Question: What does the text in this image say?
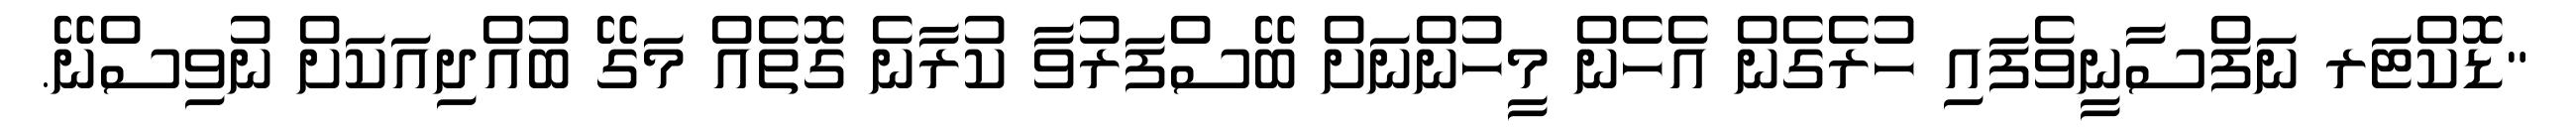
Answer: "ޑޮކްޓަރ ނަފްސާނީވެފައި ހުރެގެން އެހެން މީހުންނަށް ބޭސްފަރުވާ ކުރާނެ ގޮތެއް މަގޭ ބުއްދިއަކަށް ނުވިސްނޭ.